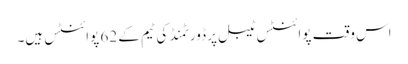
اس وقت پوائنٹس ٹیبل پر ڈورٹمنڈ کی ٹیم کے 62 پوائنٹس ہیں۔